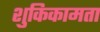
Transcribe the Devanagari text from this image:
शुकिकामता